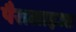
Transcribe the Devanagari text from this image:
पैरालाइज्ड